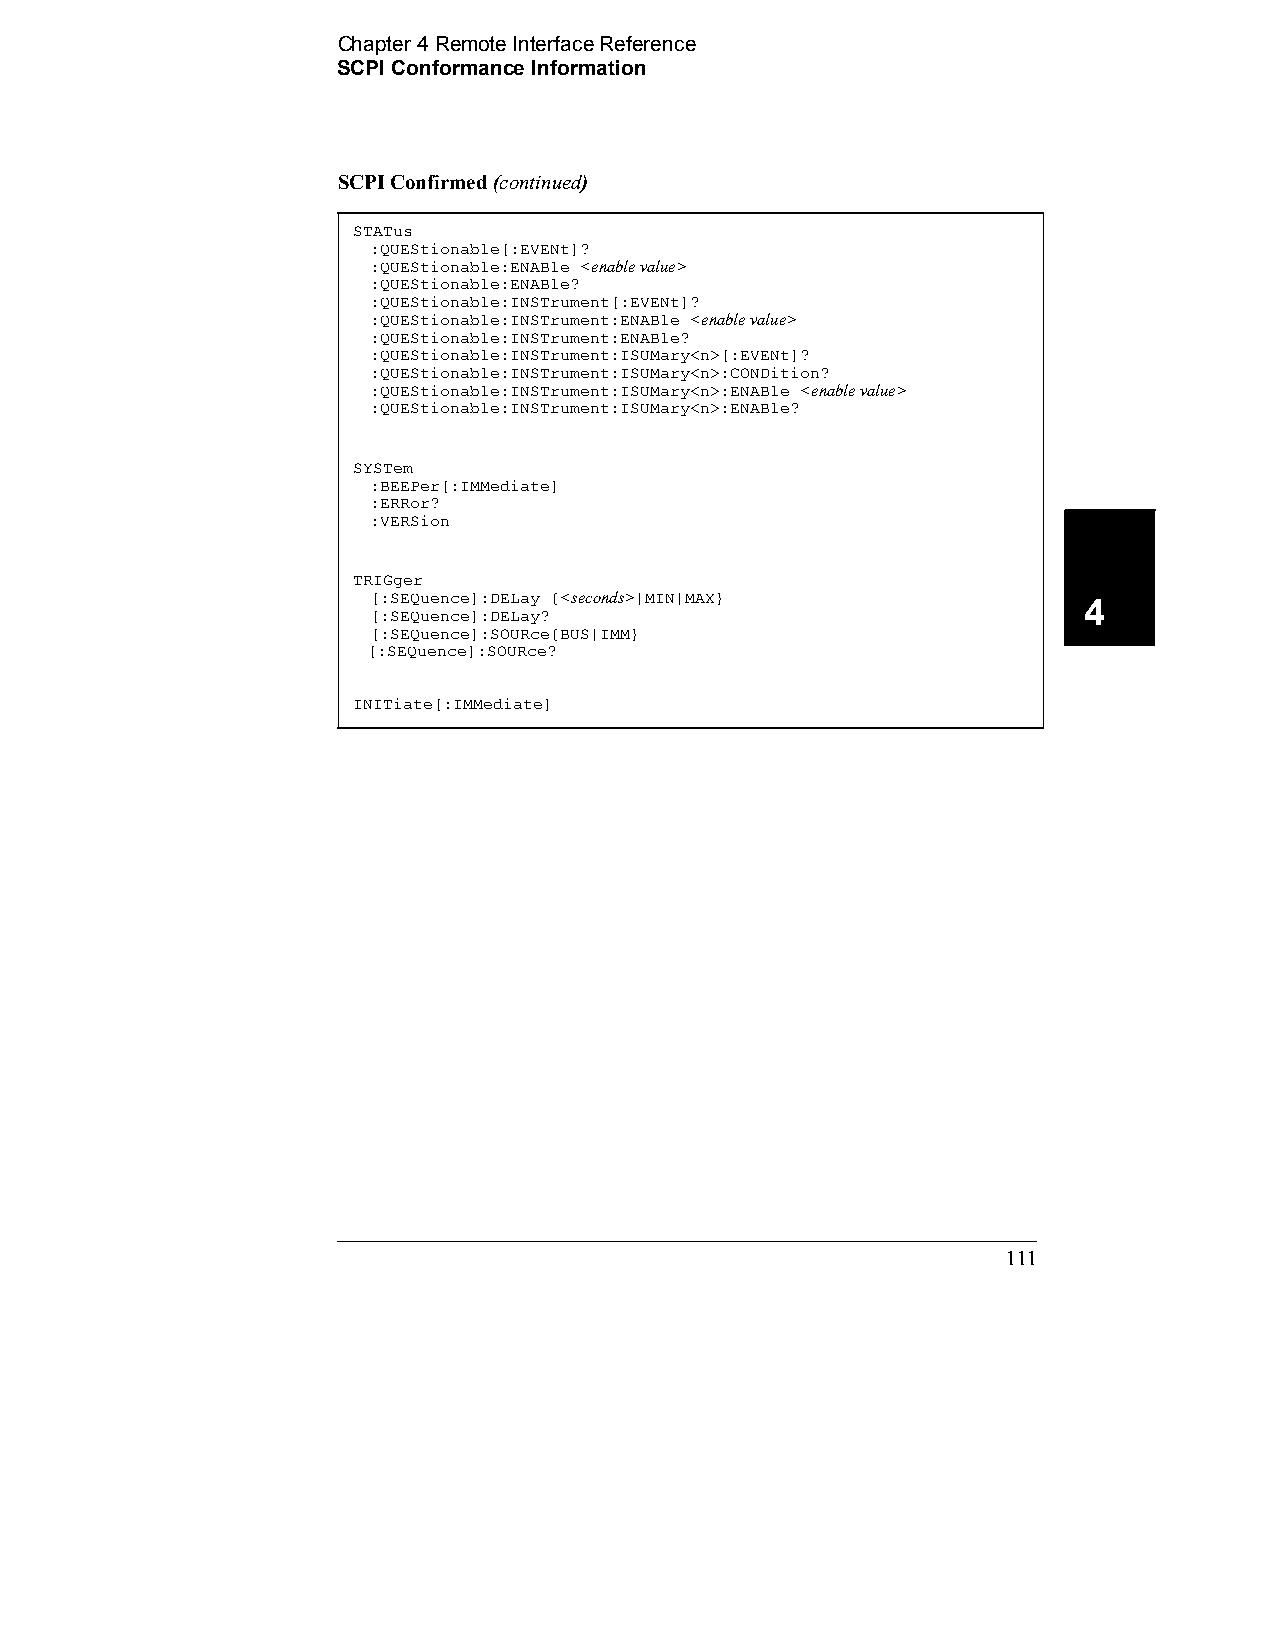
Chapter 4 Remote Interface Reference
 SCPI Conformance Information
 SCPI Confirmed (continued)
 STATus
 :QUEStionable[:EVENt]?
 :QUEStionable:ENABle <enable value>
 :QUEStionable:ENABle?
 :QUEStionable:INSTrument[:EVENt]?
 :QUEStionable:INSTrument:ENABle <enable value>
 :QUEStionable:INSTrument:ENABle?
 :QUEStionable:INSTrument:ISUMary<n>[:EVENt]?
 :QUEStionable:INSTrument:ISUMary<n>:CONDition?
 :QUEStionable:INSTrument:ISUMary<n>:ENABle <enable value>
 :QUEStionable:INSTrument:ISUMary<n>:ENABle?
 SYSTem
 :BEEPer[:IMMediate]
 :ERRor?
 :VERSion
 TRIGger
 [:SEQuence]:DELay {<seconds>|MIN|MAX}          4
 [:SEQuence]:DELay?
 [:SEQuence]:SOURce{BUS|IMM}
 [:SEQuence]:SOURce?
 INITiate[:IMMediate]
 111